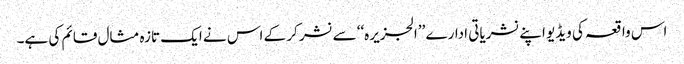
اس واقعہ کی ویڈیو اپنے نشریاتی ادارے ’’الجزیرہ‘‘ سے نشر کر کے اس نے ایک تازہ مثال قائم کی ہے۔